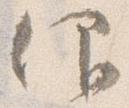
仰